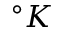
^ { \circ } K